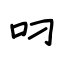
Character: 叼